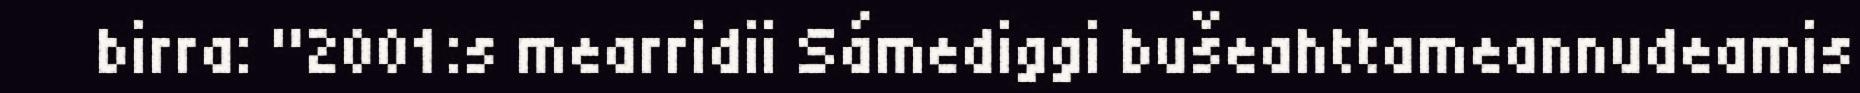
birra: "2001:s mearridii Sámediggi bušeahttameannudeamis